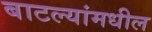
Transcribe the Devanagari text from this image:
बाटल्यांमधील